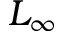
L _ { \infty }